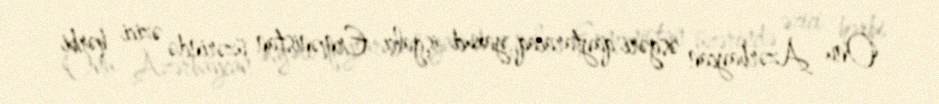
Onu Azərbaycan əsgəri qaytaracaq, yaxud işğalçı Ermənistan üzərində əzici hərbi